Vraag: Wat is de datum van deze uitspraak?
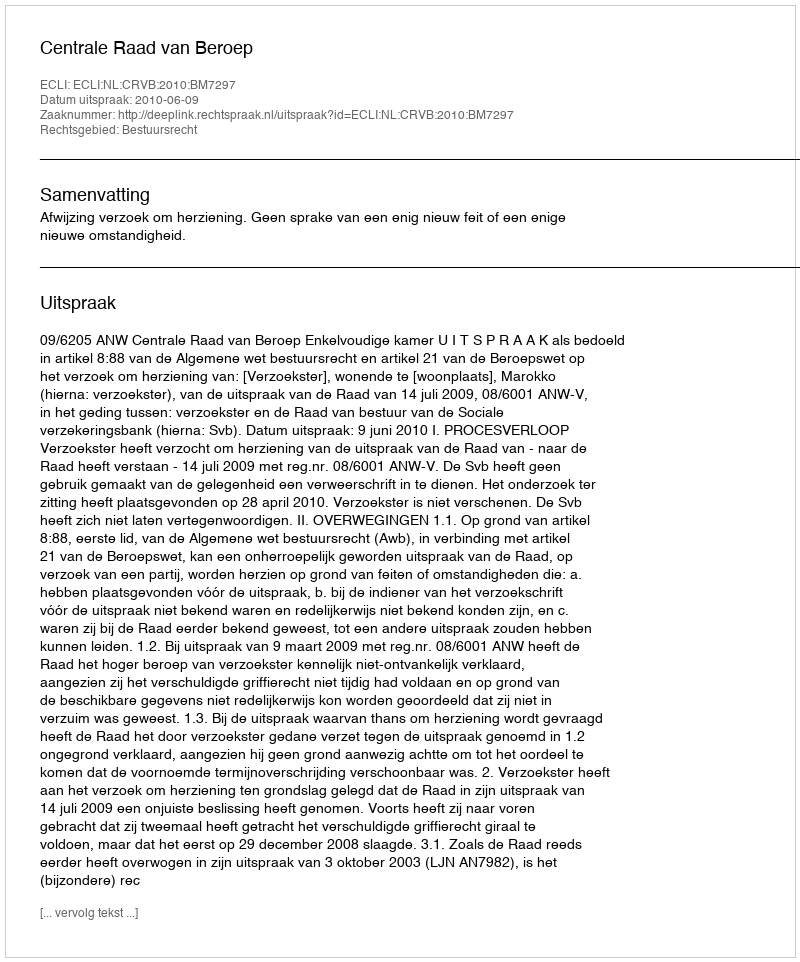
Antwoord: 2010-06-09